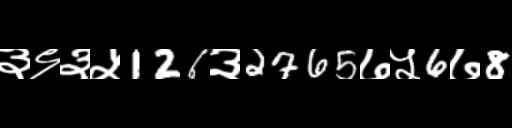
Text: ३९३५126३2765७५6७8